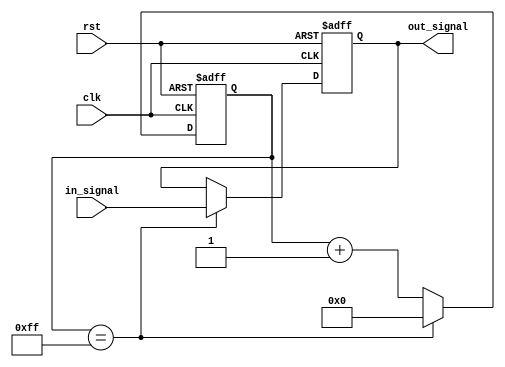
module rc_delay(
    input wire clk,
    input wire rst,
    input wire in_signal,
    output reg out_signal
);

reg [7:0] count;

always @ (posedge clk or posedge rst)
begin
    if (rst)
        count <= 0;
    else if (count == 8'hFF)
        count <= 0;
    else
        count <= count + 1;
end

 always @ (posedge clk or posedge rst)
begin
    if (rst)
        out_signal <= 0;
    else if (count == 8'hFF)
        out_signal <= in_signal;
end

endmodule